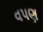
વપણ